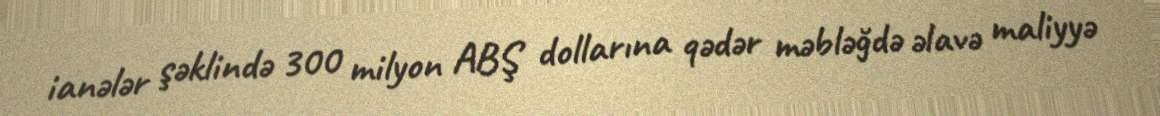
ianələr şəklində 300 milyon ABŞ dollarına qədər məbləğdə əlavə maliyyə